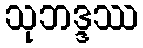
သုဘဒ္ဒဿ